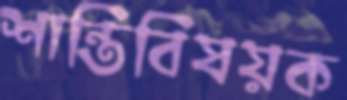
শান্তিবিষয়ক